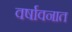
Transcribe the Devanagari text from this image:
वर्षावनात